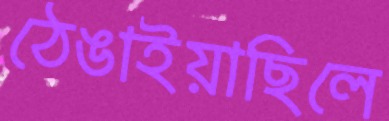
ঠেঙাইয়াছিলে